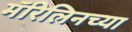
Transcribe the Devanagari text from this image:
मॅरिलिनच्या